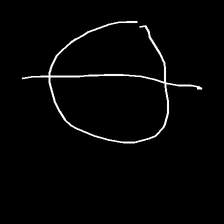
Glyph: orb